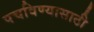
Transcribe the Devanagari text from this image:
पचविण्यासाठी